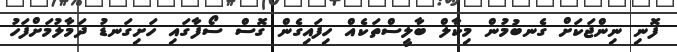
ފޮނި ނިންޖަކަށް ގެނބުމުން މިކާލް ބާލީސްތަކެއް ހިފައިގެން ގޮސް ސޯފާގައި ހަށިގަނޑު ދަމާލުމަށްފަހު